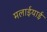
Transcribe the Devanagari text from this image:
मलाईयाई